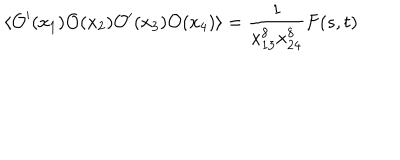
\langle { \mathcal O } ^ { \prime } ( x _ { 1 } ) { \mathcal O } ( x _ { 2 } ) { \mathcal O } ^ { \prime } ( x _ { 3 } ) { \mathcal O } ( x _ { 4 } ) \rangle = \frac { 1 } { x _ { 1 3 } ^ { 8 } x _ { 2 4 } ^ { 8 } } F ( s , t )